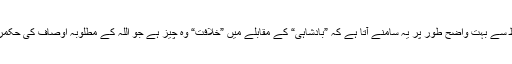
“ ان الفاظ سے بہت واضح طور پر یہ سامنے آتا ہے کہ ”بادشاہی“ کے مقابلے میں ”خلافت“ وہ چیز ہے جو اللہ کے مطلوبہ اوصاف کی حکمرانی ہے۔